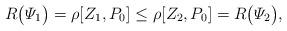
LaTeX: \begin{align*}R\big( \varPsi_1 \big) = \rho[Z_1,P_0] \le \rho[Z_2,P_0] = R\big( \varPsi_2 \big),\end{align*}